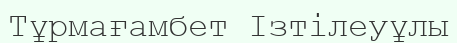
Тұрмағамбет Ізтілеуұлы